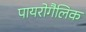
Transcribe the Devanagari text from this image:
पायरोगैलिक